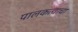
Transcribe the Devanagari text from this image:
पालकत्वाचा